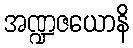
အဏ္ဍဇယောနိ